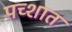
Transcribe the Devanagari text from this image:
पच्शात